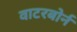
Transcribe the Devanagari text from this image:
वाटरबोर्न